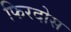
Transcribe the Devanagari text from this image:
फिरदोस